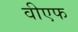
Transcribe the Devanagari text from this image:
वीएफ